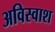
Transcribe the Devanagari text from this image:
अविस्वाश